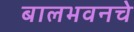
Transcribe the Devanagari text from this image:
बालभवनचे